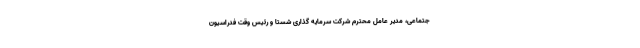
جتماعی، مدیر عامل محترم شرکت سرمایه گذاری شستا و رئیس وقت فدراسیون